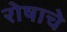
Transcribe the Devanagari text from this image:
रोषाचे